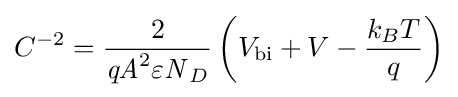
{C}^{-2}={\frac {2}{{\mathit {qA}}^{2}{\mathit {\varepsilon N}}_{D}}}\left({V}_{\text{bi}}+V-{\frac {{k}_{B}T}{q}}\right)